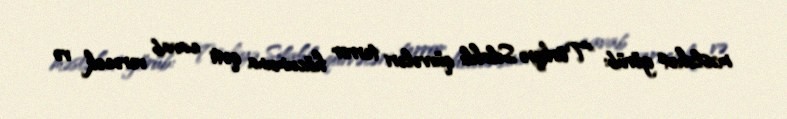
məsləhət görüb: "Türkiyə Silahlı qüvvələri terror hücumuna qəti cavab verəcək və